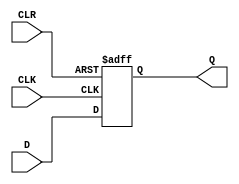
module d_flip_flop (
    input wire D,
    input wire CLK,
    input wire CLR,
    output reg Q
);

always @(posedge CLK or posedge CLR) begin
    if (CLR) begin
        Q <= 1'b0;
    end else begin
        Q <= D;
    end
end

endmodule